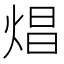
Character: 焻